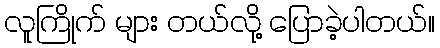
လူကြိုက် များ တယ်လို့ ပြောခဲ့ပါတယ်။